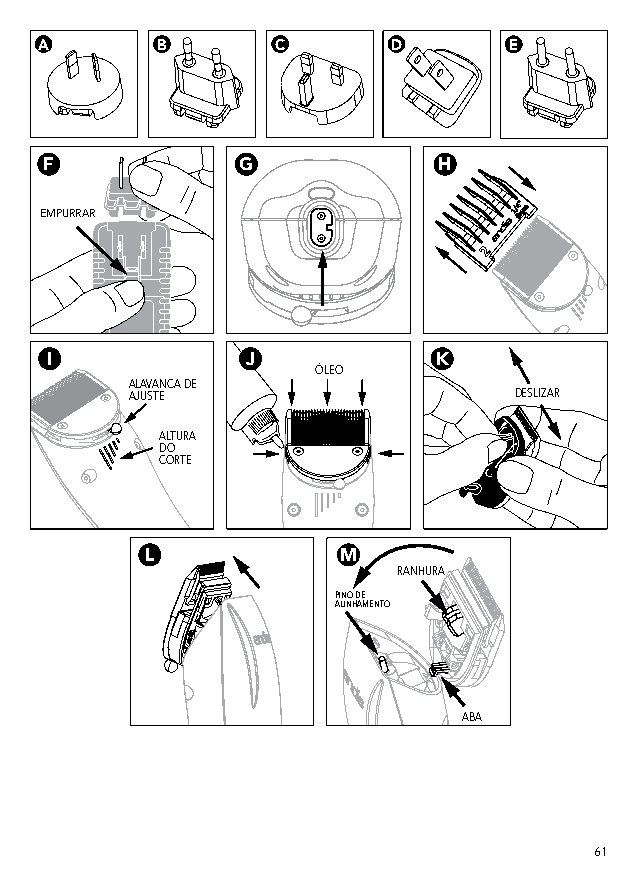
A      B       C       D       E
 F            G            H
 EMPURRAR
 I            J            K
 ÓLEO
 ALAVANCA DE
 AJUSTE                   DESLIZAR
 ALTURA
 DO
 CORTE
 L           M
 RANHURA
 PINO DE
 ALINHAMENTO
 ABA
 61